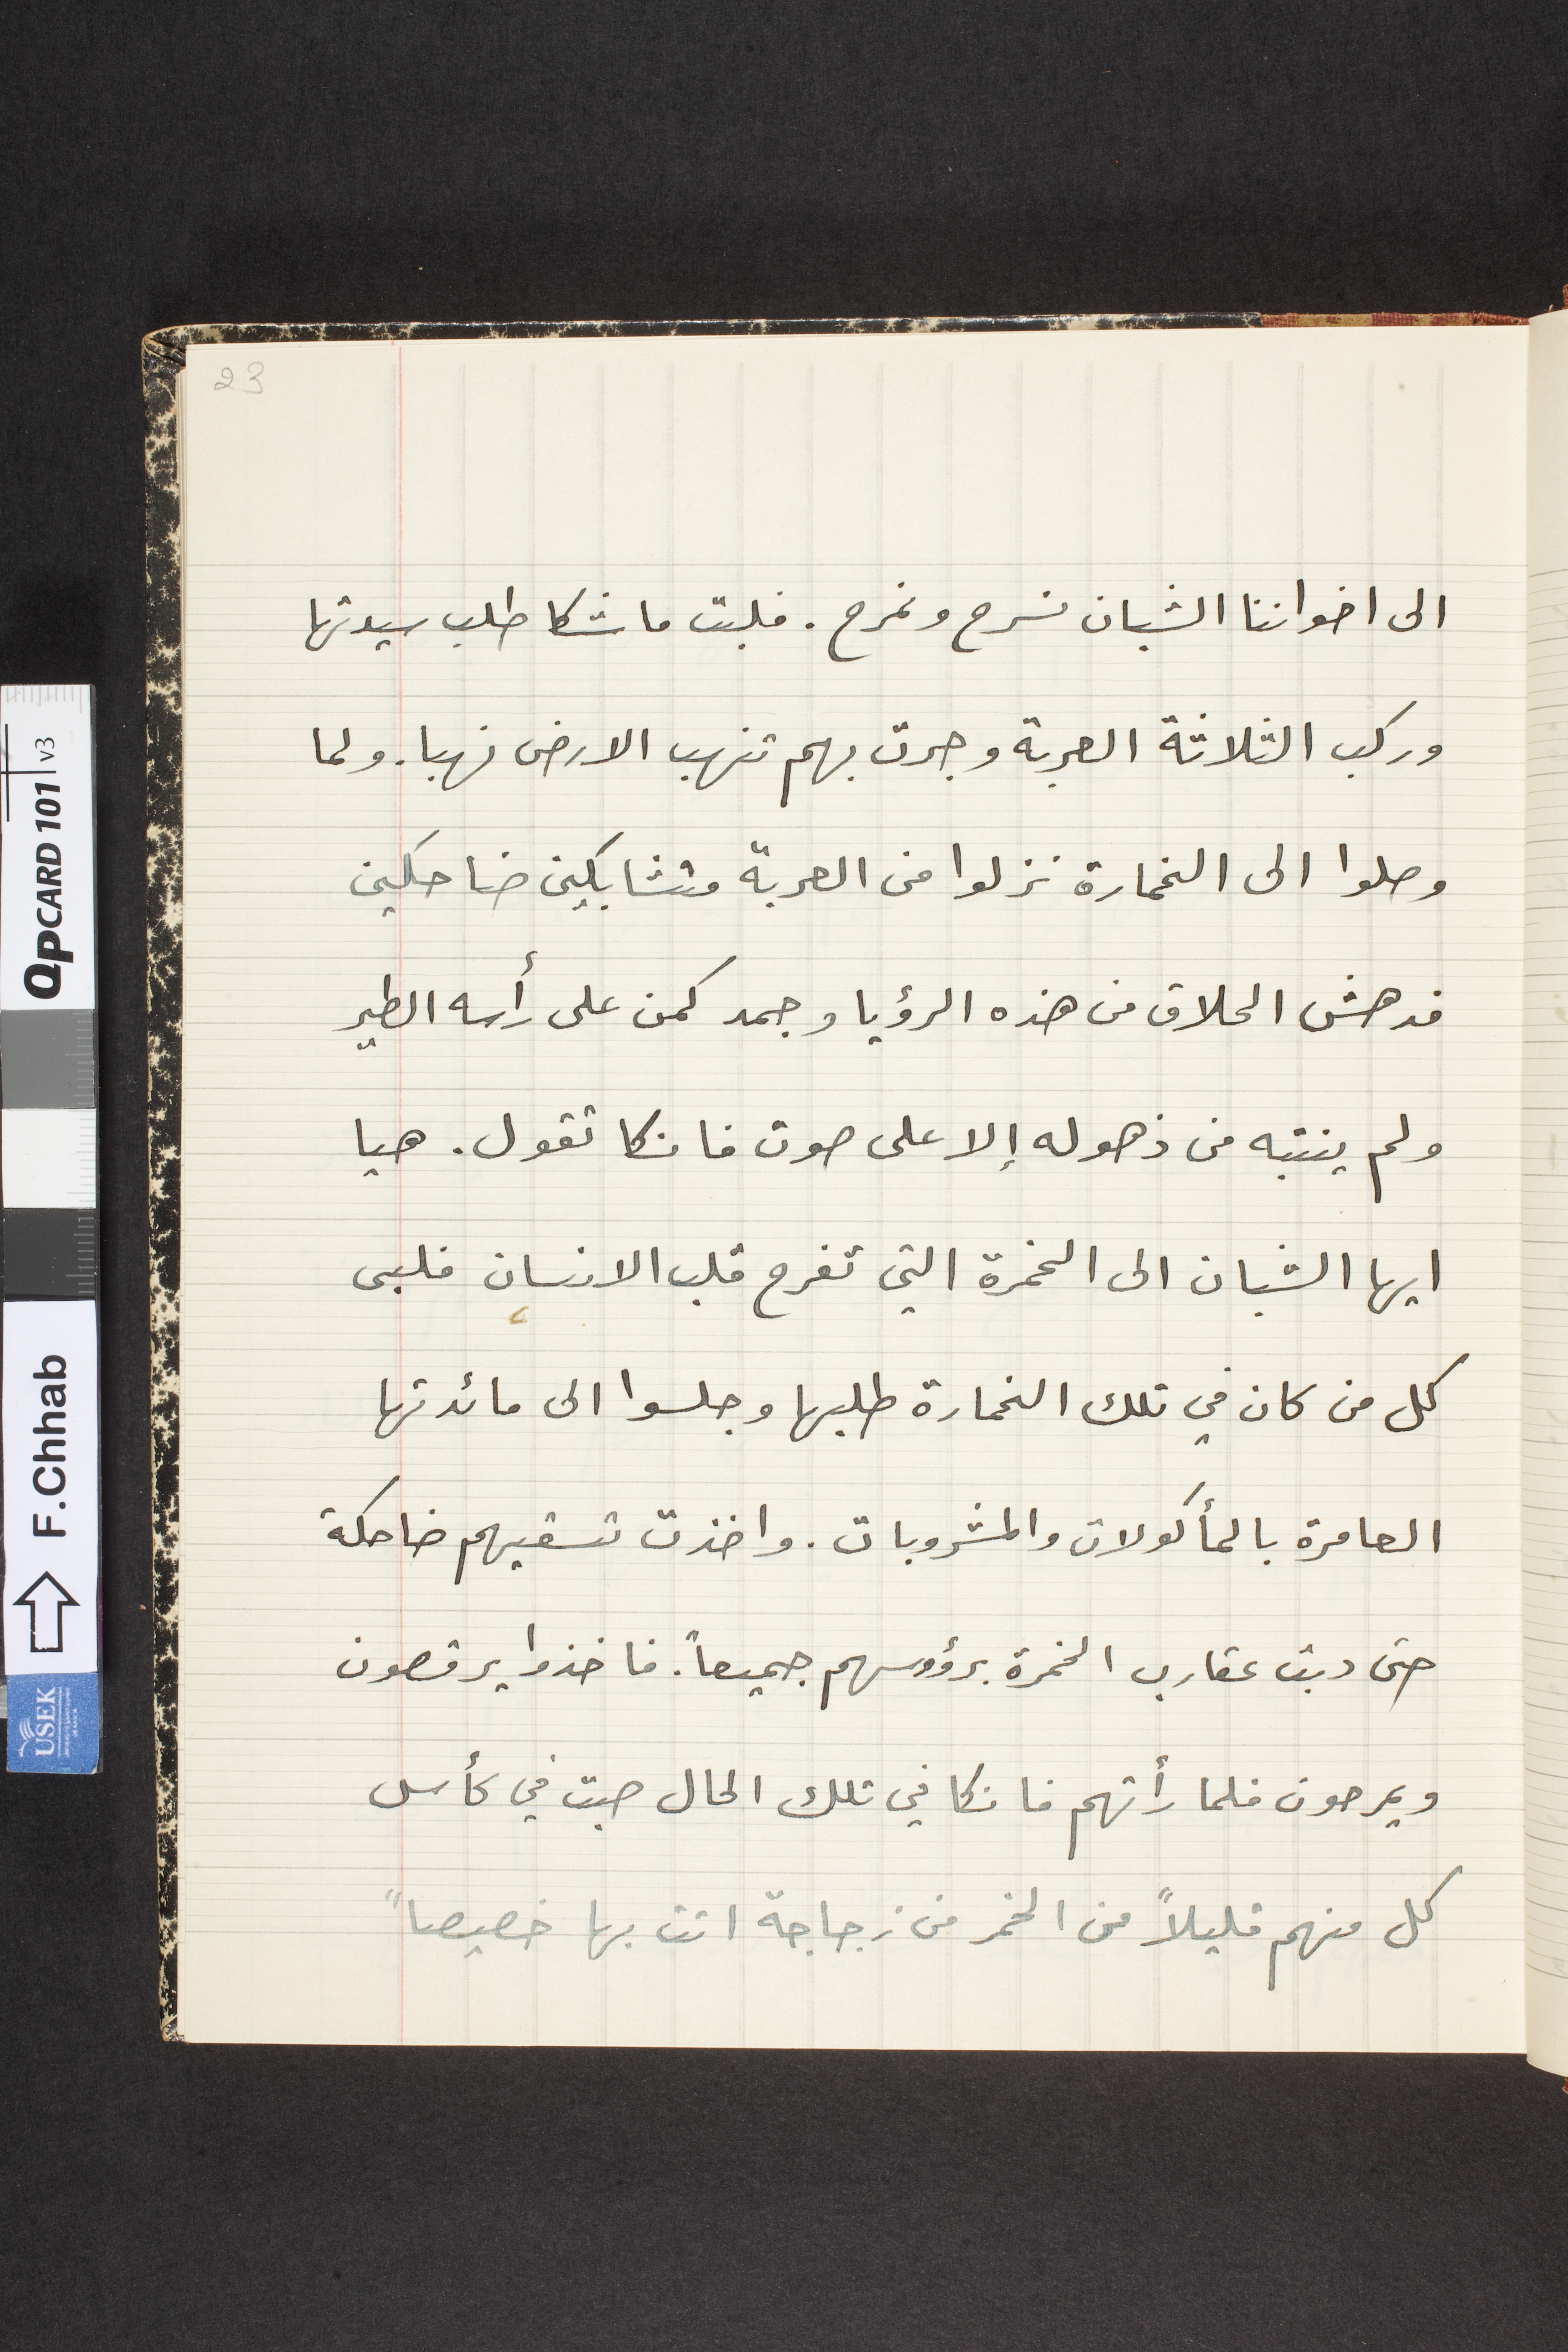
الى اخواننا الشبان نسرح ونمرح. فلبت ماشكا طلب سيدتها
وركب الثلاثة العربة وجرت بهم تنهب الارض نهبا. ولما
 وصلوا الى الخمارة نزلوا من العربة متشابكين ضاحكين
فدهش الحلاق من هذه الرؤيا وجمد كمن على رأسه الطير
ولم ينتبه من ذهوله إلا على صوت فانكا تقول. هيا
ايها الشبان الى الخمرة التي تفرح قلب الانسان فلبى
كل من كان في تلك الخمارة طلبها وجلسوا الى مائدتها
العامرة بالمأكولات والمشروبات. واخذت تسقيهم ضاحكة
حتى دبت عقارب الخمرة برؤوسهم جميعاً. فاخذوا يرقصون
ويمرحون فلما رأتهم فانكا في تلك الحال صبت في كأس
كل منهم قليلاً من الخمر من زجاجة اتت بها خصيصاً